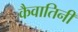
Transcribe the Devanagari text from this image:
कैवातिनी